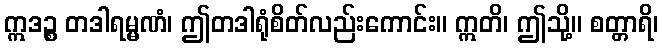
ဣဒဉ္စ တဒါရမ္မဏံ၊ ဤတဒါရုံစိတ်လည်းကောင်း။ ဣတိ၊ ဤသို့။ စတ္တာရိ၊